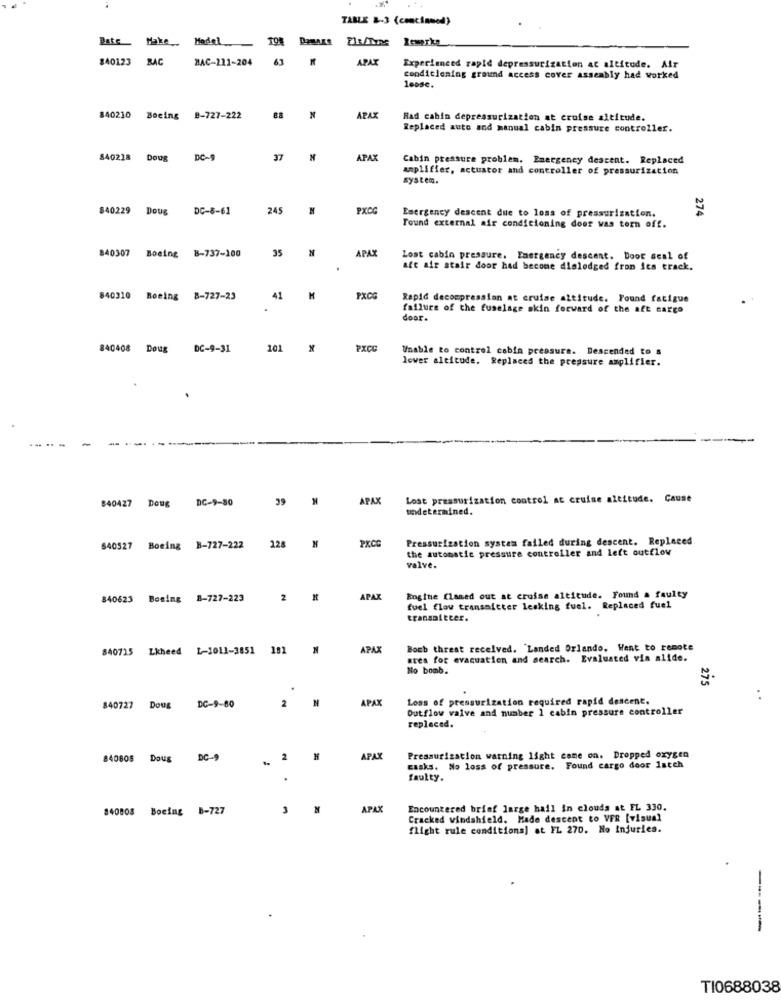
TAMLE &-3 (concinnod)
Date
Make. Model
840123
BAC
BAC-211-204
APAX
Experienced rapid depressurization at altitude. Air
condiclening ground access cover assembly had worked
140210 Boeing 8-727-222
APAX
Had cabin depressurization at croise altitude.
Replaced auto and manual cabin pressure controller.
840218 Doug
DC-9
37
APAX
Cabin pressure problem. Emergency descent. Replaced
amplifier, actuator and controller of pressurization
system.
840229 Doug DC-8-61
245
N
PXCG
Emergency descent due to loss of pressurization.
274
Tound external air conditioning door was torn off.
95
APAX
840307 Boeing 8-737-100
Lost cabin pressure. Emergency descent. Door seal of
aft air stair door had become dislodged fron ies track.
840310 Boeing 8-727-23
41
PXCE
Rapid decompression at cruise altitude. Found fatigue
failure of the fuselage skin forward of the aft cargo
door.
840408 Doug DC-9-31
101
PICC
Unable to control cabin pressure. Descended to a
lower altitude. Replaces the pressure amplifier.
DC-9-80
39
APAX
Lost pressurization control at cruise altitude. Cause
840427
Doug
undetermined.
Pressurization system failed during descent. Replaced
840527 Boeing B-727-222
228
PXCC
the automatic pressure controller and left outflow
valve.
840623 Bosing B-727-223
2
APAX
Engine (laned out at cruise altitude. Found a faulty
fuel flow transmitter lesking fuel. Replaced fuel
transmitter.
840715 Lkheed 1-1011-3851
181
APAX
Boch threat received. "Landed Orlando, Went to remote
ates for evacuation and search. Evaluated via alide.
No bomb.
275
2
APAX
Loss of pressurization required rapid descent.
840727 Doug DC-9-80
Outflow valve and number 1 cabin pressure controller
replaced.
840805
DC-9
2
APAX
Pressurization warning light came on. Dropped oxygen
casks.
No loss of pressure. Found cargo door latch
faulty.
840808 Boeing B-727
3
APAX
Encountered brief large hail in clouds at FL 330.
Cracked windshield. Hade descent to VFR [visual
flight rule conditions] at FL 270. No injuries.
----
TI0688038